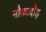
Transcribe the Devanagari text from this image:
नौकादौड़